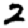
Digit: 2